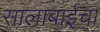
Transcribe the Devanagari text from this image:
सालाबाईचा